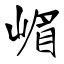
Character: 嵋